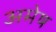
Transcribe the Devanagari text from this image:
अमेष